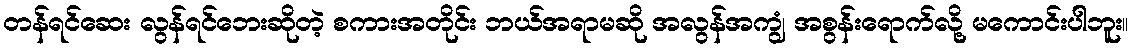
တန်ရင်ဆေး လွန်ရင်ဘေးဆိုတဲ့ စကားအတိုင်း ဘယ်အရာမဆို အလွန်အကျွံ အစွန်းရောက်လို့ မကောင်းပါဘူး။